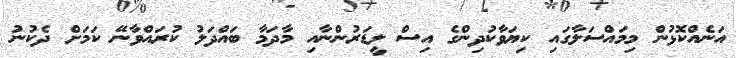
އަނެއްކޮޅުން މިމައްސަލާގައި ކިޔަވާކުދިންގެ އިސް ލީޑަރުންނާއި މާދަމާ ބައްދަލު ކުރައްވާނޭ ކަމަށް ދެކުނު